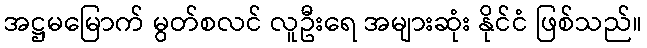
အဋ္ဌမမြောက် မွတ်စလင် လူဦးရေ အများဆုံး နိုင်ငံ ဖြစ်သည်။